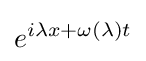
e^{i\lambda x+\omega (\lambda )t}